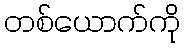
တစ်ယောက်ကို